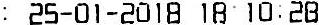
: 25-01-2018 18:10:28